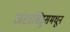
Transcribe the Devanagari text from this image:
जंटासिड्डसमधून